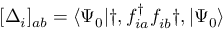
[ \Delta _ { i } ] _ { a b } = \langle \Psi _ { 0 } | \dag , f _ { i a } ^ { \dagger } f _ { i b } ^ { \phantom { \dagger } } \dag , | \Psi _ { 0 } \rangle